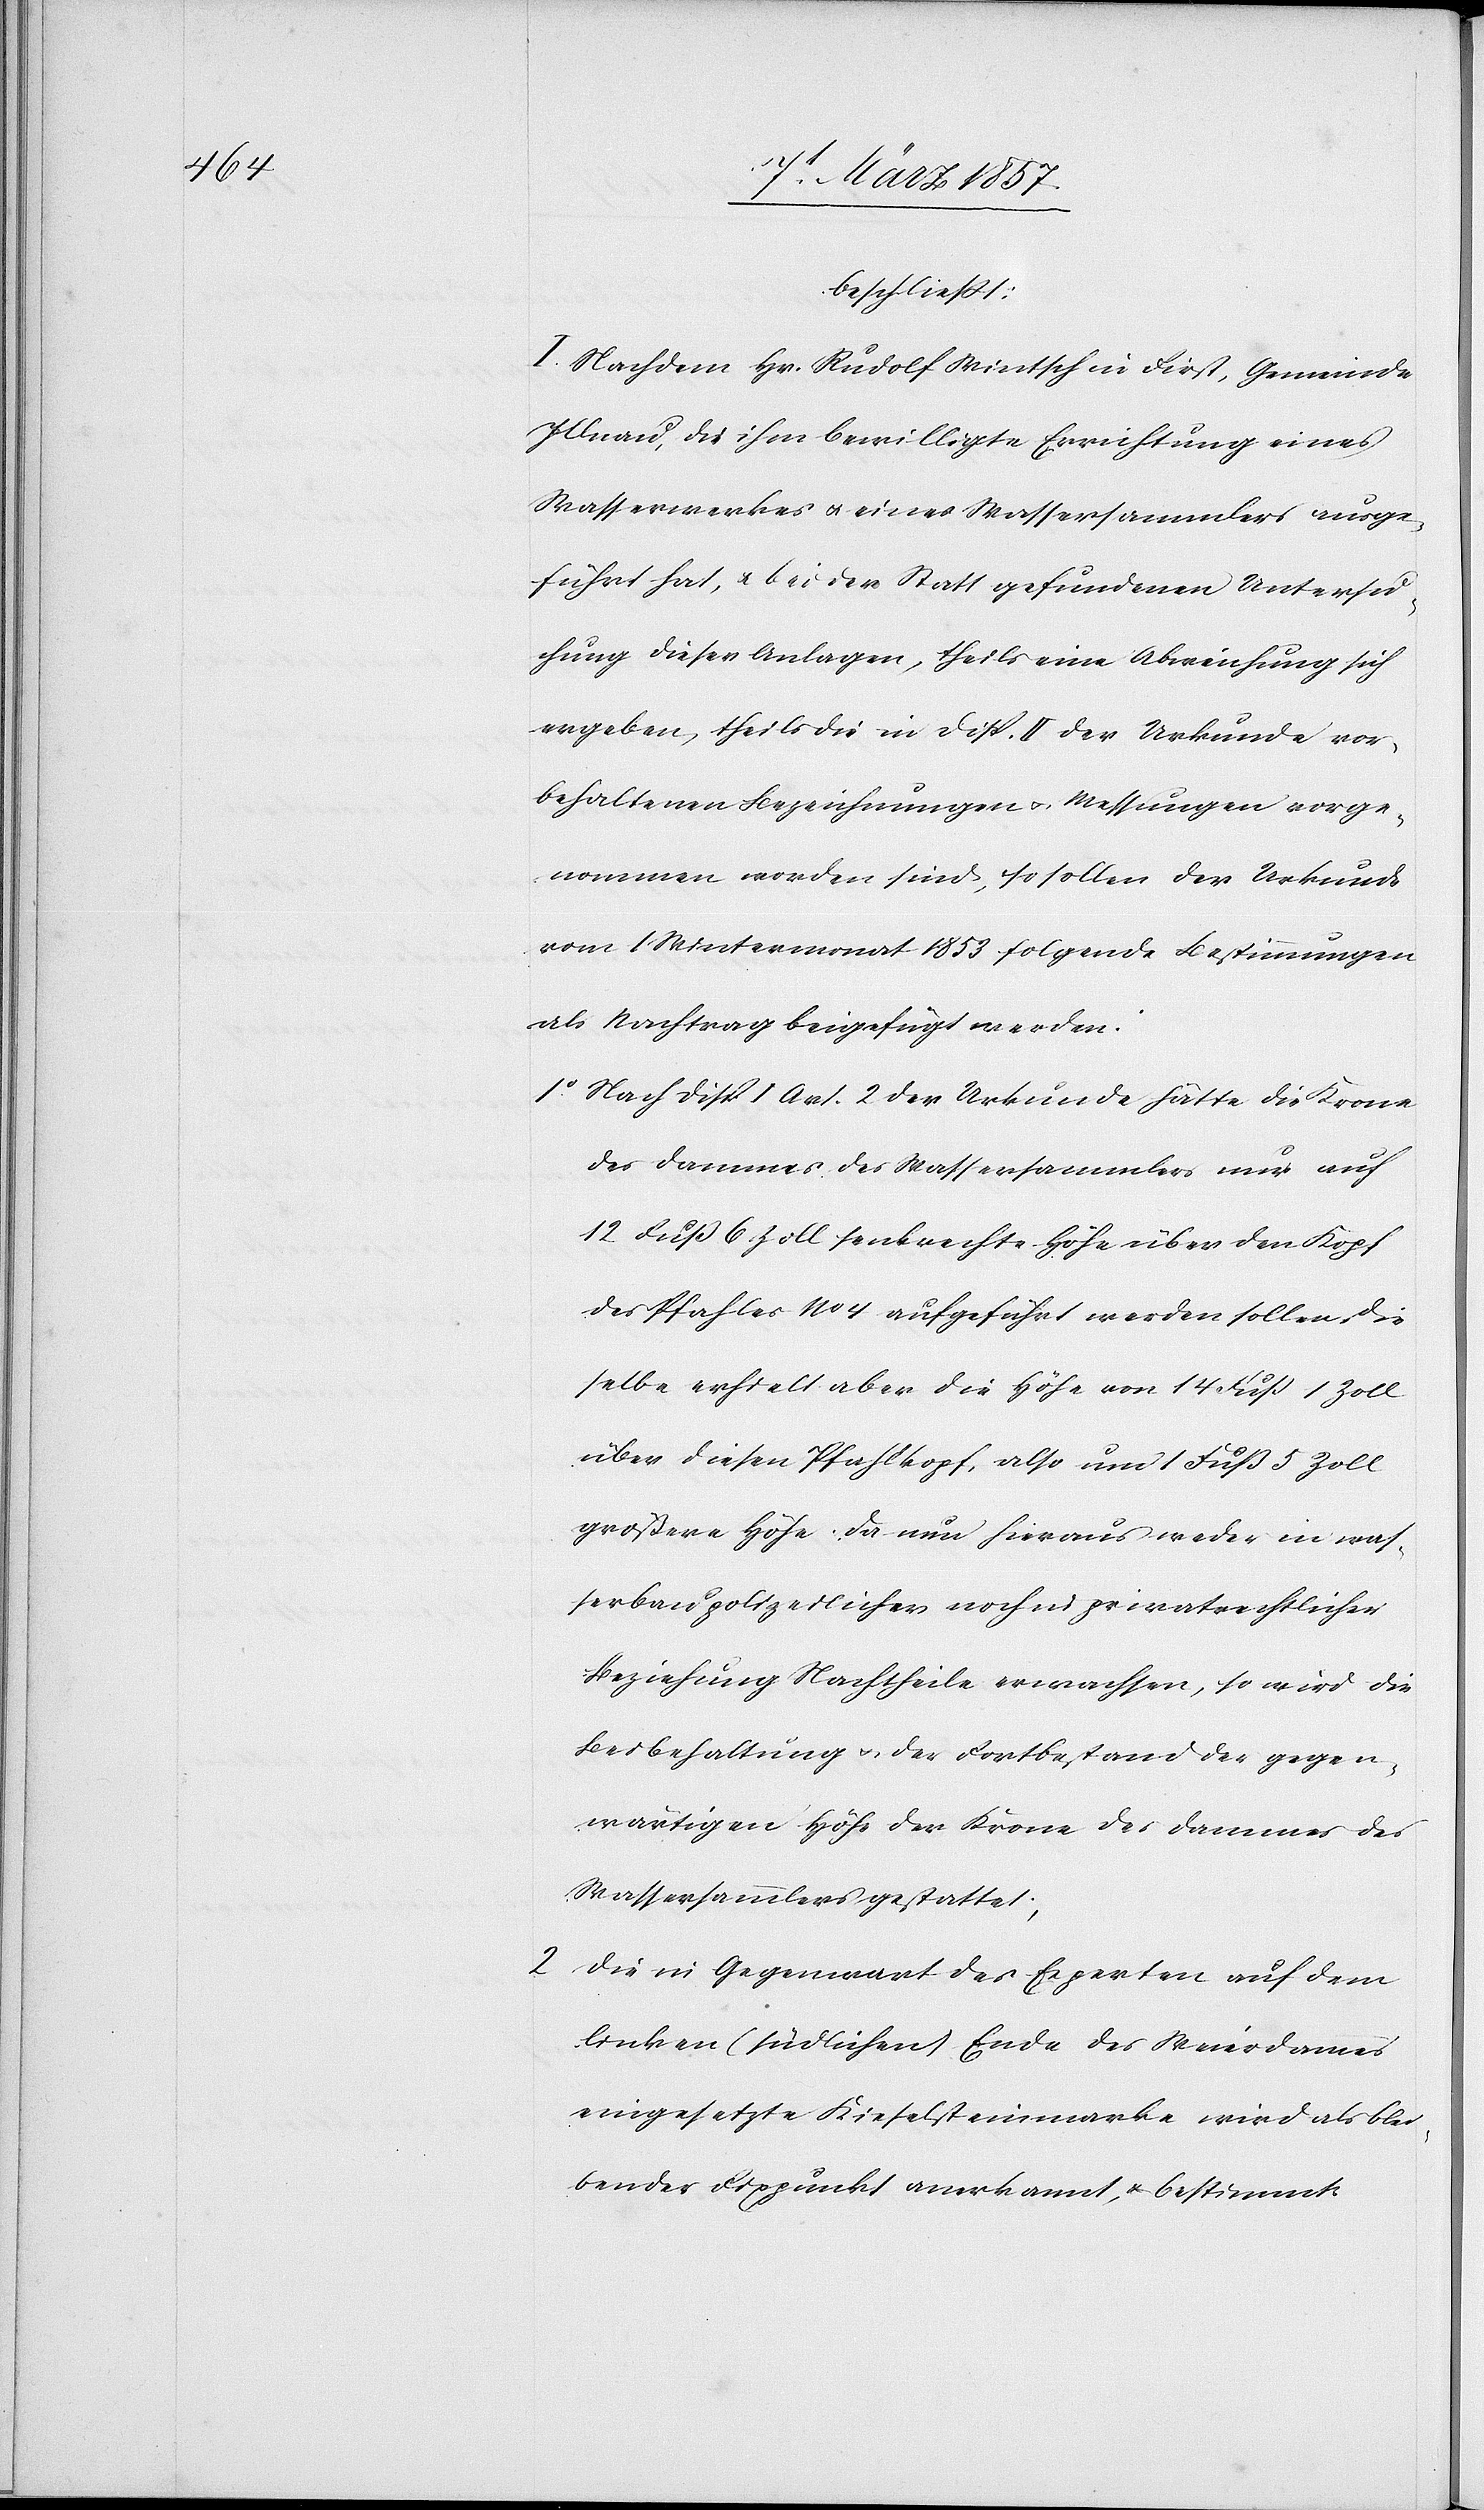
beschließt:
I. Nachdem Hr. Rudolf Wintsch in First, Gemeinde
Illnau, die ihm bewilligte Errichtung eines
Wasserwerkes u. eines Wassersammlers ausge¬
führt habe, u. bei der Statt gefundenen Untersu¬
chung dieser Anlagen, theils eine Abreichung sich
ergeben, theils die in Disp. II der Urkunde vor¬
behaltenen Bezeichnungen u. Messungen vorge¬
nommen worden sind, so sollen der Urkunde
vom 1 Wintermonat 1853 folgende Bestimmungen
als Nachtrag beigefügt werden.
1o Nach Disp I Art. 2 der Urkunde hätte die Krone
des Dammes des Wassersammlers nur auf
12 Fuß 6 Zoll senkrechte Höhe über den Kopf
des Pfahles No 4 aufgeführt werden sollen. Die¬
selbe erhielt aber die Höhe von 14 Fuß 1 Zoll
über diesen Pfahlkopf, also um 1 Fuß 5 Zoll
größere Höhe. Da nun hieraus weder in was¬
serbaupolizeilicher noch in privatrechtlicher
Beziehung Nachtheile erwachsen, so wird die
Beibehaltung u. der Fortbestand der gegen¬
wärtigen Höhe der Krone des Dammes des
Wassersammlers gestattet,
2 Die in Gegenwart des Experten auf dem
linken (südlichen) Ende des Weierdammes
eingesetzte Kieselsteinmarke wird als blei¬
bender Fixpunkt anerkannt, u. bestimmt,